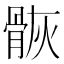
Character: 𩨿